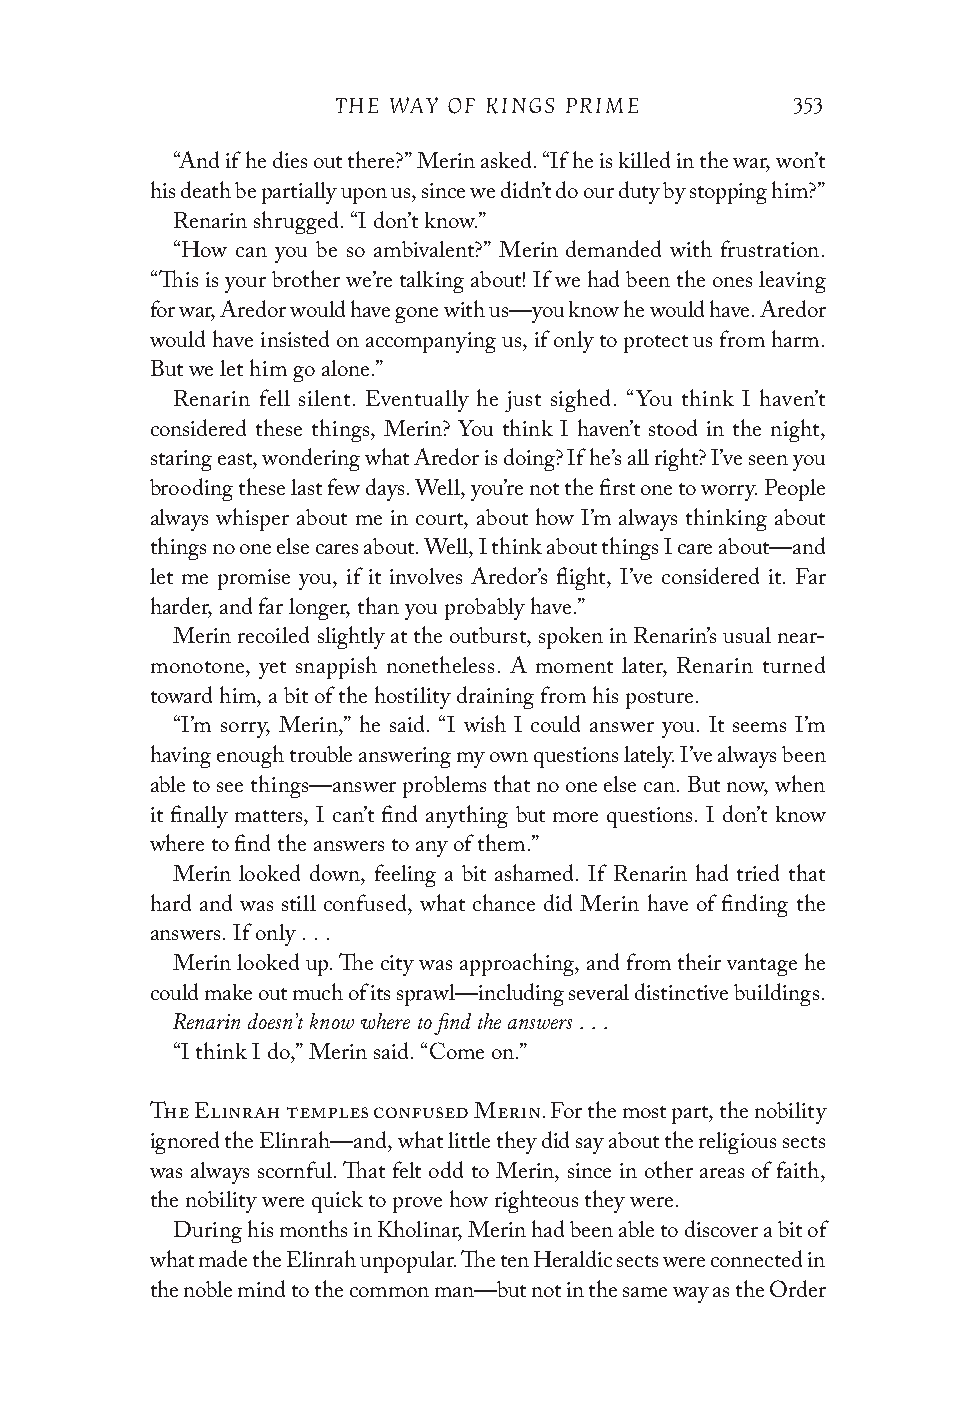
THE WAY OF KINGS PRIME        353
 “And if he dies out there?” Merin asked. “If he is killed in the war, won’t
 his death be partially upon us, since we didn’t do our duty by stopping him?”
 Renarin shrugged. “I don’t know.”
 “How can you be so ambivalent?” Merin demanded with frustration.
 “This is your brother we’re talking about! If we had been the ones leaving
 for war, Aredor would have gone with us—you know he would have. Aredor
 would have insisted on accompanying us, if only to protect us from harm.
 But we let him go alone.”
 Renarin fell silent. Eventually he just sighed. “You think I haven’t
 considered these things, Merin? You think I haven’t stood in the night,
 staring east, wondering what Aredor is doing? If he’s all right? I’ve seen you
 brooding these last few days. Well, you’re not the first one to worry. People
 always whisper about me in court, about how I’m always thinking about
 things no one else cares about. Well, I think about things I care about—and
 let me promise you, if it involves Aredor’s flight, I’ve considered it. Far
 harder, and far longer, than you probably have.”
 Merin recoiled slightly at the outburst, spoken in Renarin’s usual near-
 monotone, yet snappish nonetheless. A moment later, Renarin turned
 toward him, a bit of the hostility draining from his posture.
 “I’m sorry, Merin,” he said. “I wish I could answer you. It seems I’m
 having enough trouble answering my own questions lately. I’ve always been
 able to see things—answer problems that no one else can. But now, when
 it finally matters, I can’t find anything but more questions. I don’t know
 where to find the answers to any of them.”
 Merin looked down, feeling a bit ashamed. If Renarin had tried that
 hard and was still confused, what chance did Merin have of finding the
 answers. If only . . .
 Merin looked up. The city was approaching, and from their vantage he
 could make out much of its sprawl—including several distinctive buildings.
 Renarin doesn’t know where to find the answers . . .
 “I think I do,” Merin said. “Come on.”
 The Elinrah temples confused Merin. For the most part, the nobility
 ignored the Elinrah—and, what little they did say about the religious sects
 was always scornful. That felt odd to Merin, since in other areas of faith,
 the nobility were quick to prove how righteous they were.
 During his months in Kholinar, Merin had been able to discover a bit of
 what made the Elinrah unpopular. The ten Heraldic sects were connected in
 the noble mind to the common man—but not in the same way as the Order